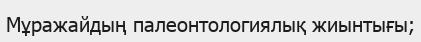
Мұражайдың палеонтологиялық жиынтығы;